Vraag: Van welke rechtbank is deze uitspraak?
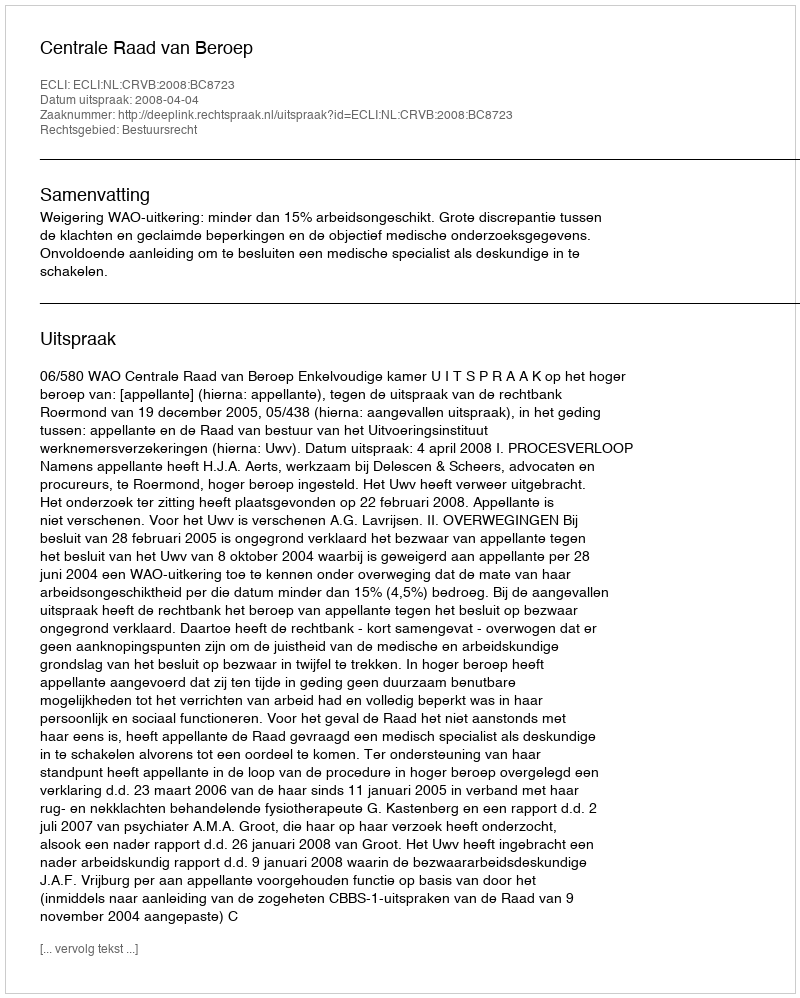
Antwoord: Centrale Raad van Beroep